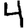
Digit: 4